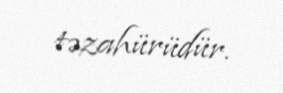
təzahürüdür.